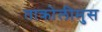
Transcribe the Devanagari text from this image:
ताक्रोलीमुस